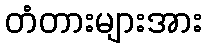
တံတားများအား